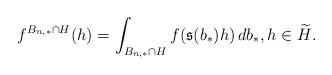
LaTeX: \begin{align*}f^{B_{n,*}\cap H}(h)=\int_{B_{n,*}\cap H}f(\mathfrak{s}(b_*)h)\, db_*,h\in \widetilde{H}.\end{align*}